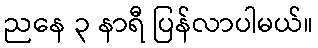
ညနေ ၃ နာရီ ပြန်လာပါမယ်။